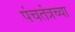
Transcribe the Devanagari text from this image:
पंचतंत्रच्या